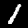
Label: 1